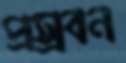
প্রস্রবন